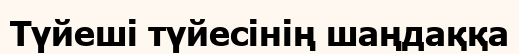
Түйеші түйесінің шаңдаққа